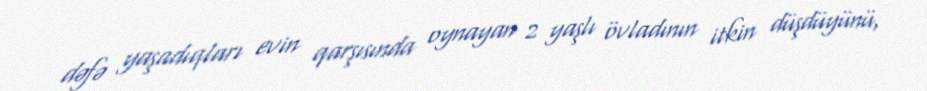
dəfə yaşadıqları evin qarşısında oynayan 2 yaşlı övladının itkin düşdüyünü,